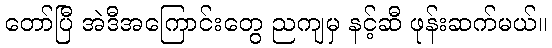
တော်ပြီ အဲဒီအကြောင်းတွေ ညကျမှ နင့်ဆီ ဖုန်းဆက်မယ်။